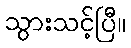
သွားသင့်ပြီ။